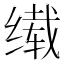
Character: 𬘹